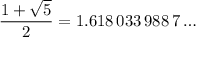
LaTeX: { \frac { 1 + { \sqrt { 5 } } } { 2 } } = 1 . 6 1 8 \, 0 3 3 \, 9 8 8 \, 7 \dots